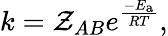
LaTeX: k=\mathcal{Z}_{AB}e^{\frac{{-E_{\mathrm{{{a}}}}}}{{RT}}},